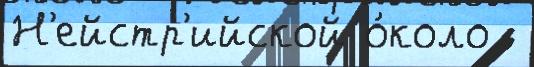
Н'ейстр'ийской о́коло